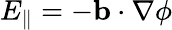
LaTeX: E_{\parallel}=-\mathbf{b}\cdot\nabla\phi